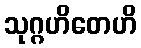
သုဂ္ဂဟိတေဟိ